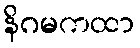
နိဂမကထာ